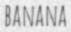
BANANA